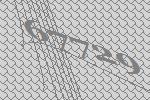
67729